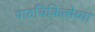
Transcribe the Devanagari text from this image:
पाठचिकित्सेच्या